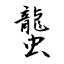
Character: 蠪